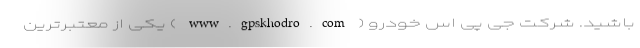
باشید. شرکت جی پی اس خودرو ( www.gpskhodro.com ) یکی از معتبرترین